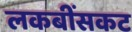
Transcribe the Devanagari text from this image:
लकबींसकट